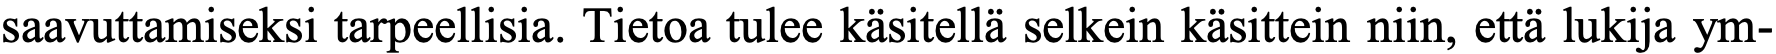
saavuttamiseksi tarpeellisia. Tietoa tulee käsitellä selkein käsittein niin, että lukija ym-